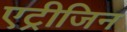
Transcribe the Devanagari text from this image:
एट्रीजिन